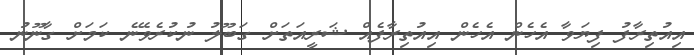
އިއުތިރާފު ފިޔަވާ އެހެން އެހެން އިއުތިރާފެއް ޝަރީއަތަށް ގަބޫލު ނުކުރެވޭނެ ކަމަށް ގާނޫނު